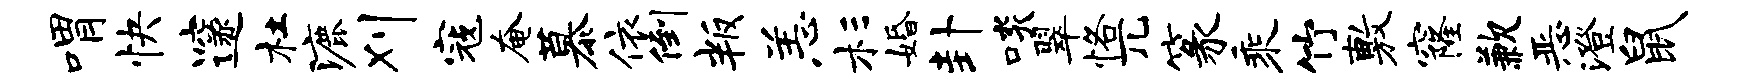
喟快邃杜漉刈寇奄慕依倒叛恙杉婚卦啖翠恪兀篆乘竹敷窿歉恶澄鼠